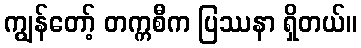
ကျွန်တော့် တက္ကစီက ပြဿနာ ရှိတယ်။